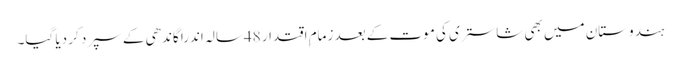
ہندوستان میں بھی شاستری کی موت کے بعد زمام ِاقتدار 48سالہ اندرا گاندھی کے سپرد کر دیا گیا۔